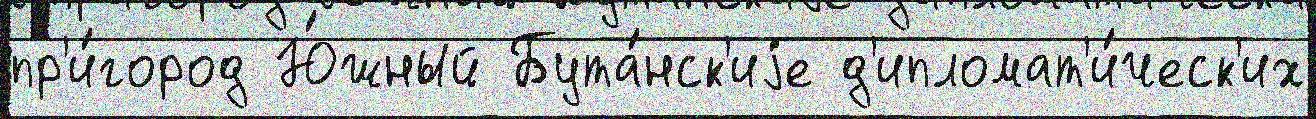
пр'и́город Ю́жный Бута́нск'иjе д'ипломат'и́ческ'их